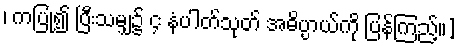
၊ ကပြု၍ ပြီးသမျှ၌ ၄ နံပါတ်သုတ် အဓိပ္ပာယ်ကို ပြန်ကြည့်။]